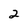
Character: 2